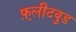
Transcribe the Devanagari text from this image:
फ़्लीटवुड